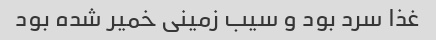
غذا سرد بود و سیب زمینی خمیر شده بود